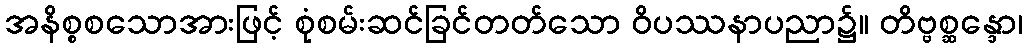
အနိစ္စစသောအားဖြင့် စုံစမ်းဆင်ခြင်တတ်သော ဝိပဿနာပညာ၌။ တိဗ္ဗစ္ဆန္ဒော၊